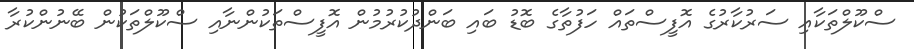
ސްކޫލްތަކާއި ސަރުކާރުގެ އޮފީސްތައް ހަފުތާގެ ބޮޑު ބައި ބަންދުކުރުމުން އޮފީސްތަކުންނާއި ސްކޫލްތަކުން ބޭނުންކުރާ